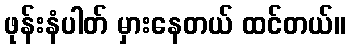
ဖုန်းနံပါတ် မှားနေတယ် ထင်တယ်။